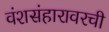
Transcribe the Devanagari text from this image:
वंशसंहारावरची